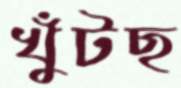
খুঁটছ